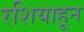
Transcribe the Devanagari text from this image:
रशियाहून